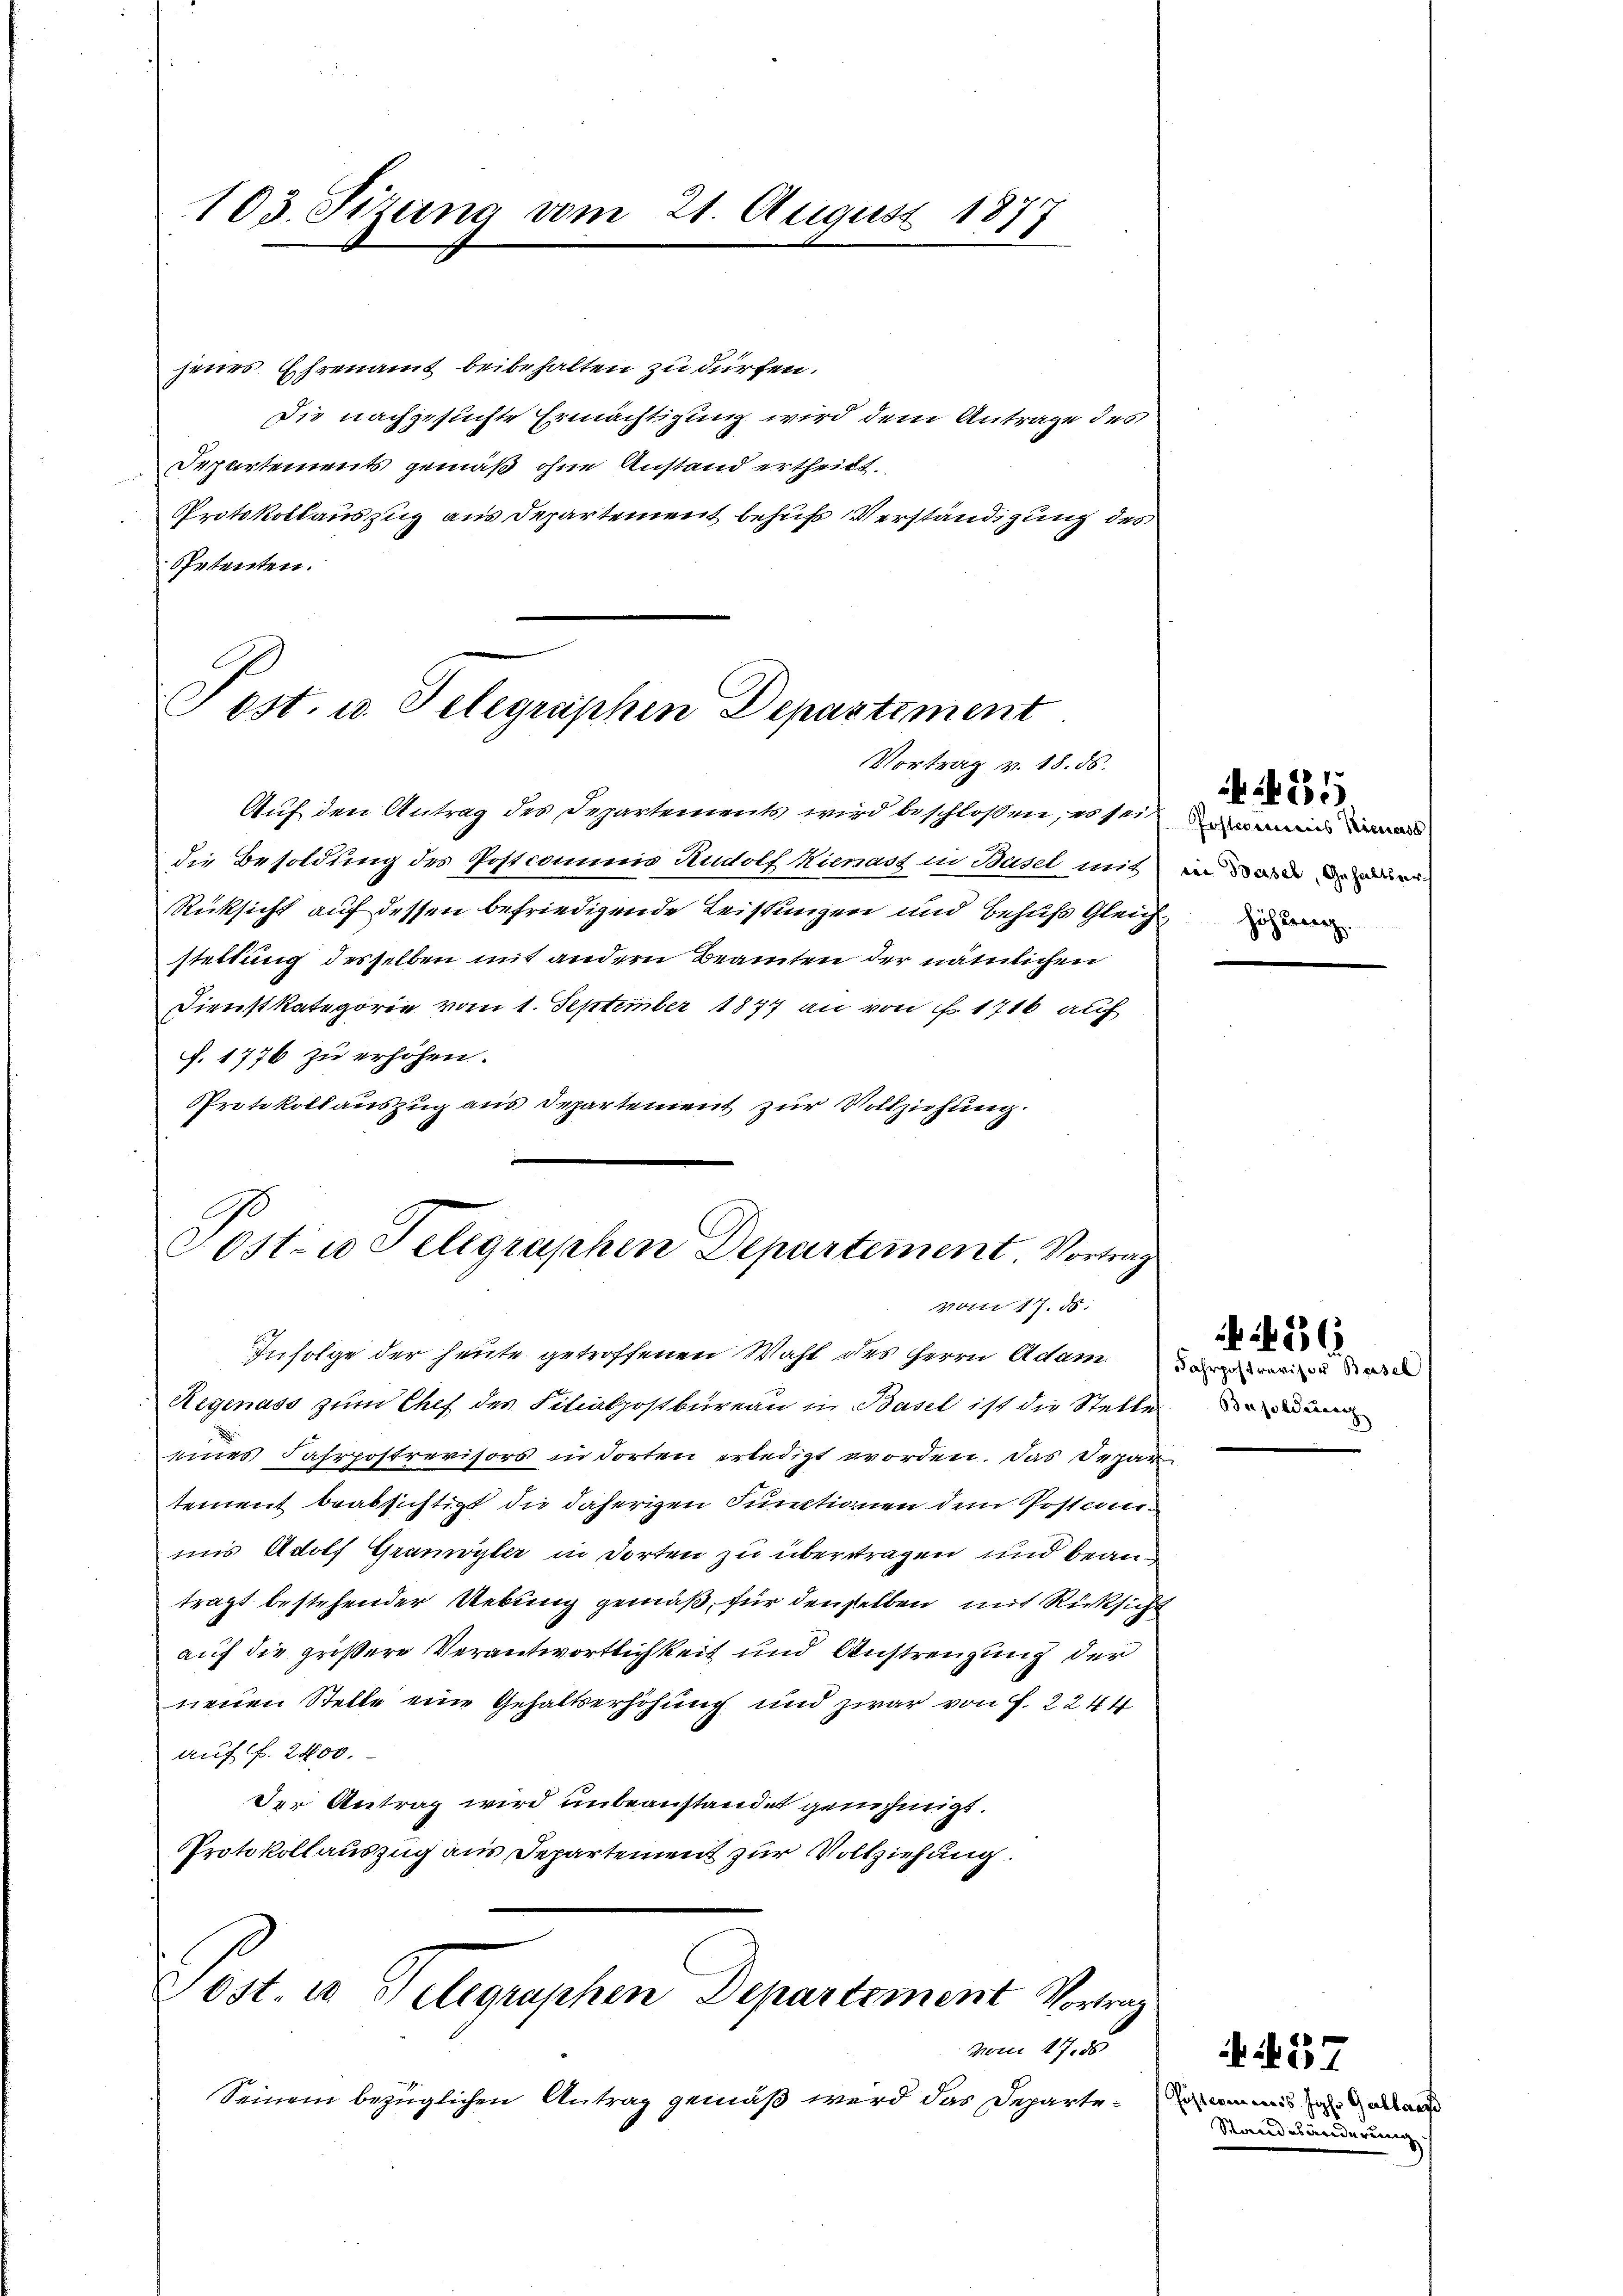
103. Sizung vom 21. August 187

jenes Ehrenamt beibehalten zu dürfen.
Die nachgesuchte Ermächtigung wird dem Antrage des
Departements gemäß ohne Anstand ertheilt.
Protokollauszug aus Departement behufs Verständigung des
Spetenten.

Post. u. Telegraphen Departement
Vortrag v. 18. ds.

Post- u. Telegraphen Departement. Vortrag
vom 17. ds.

Auf den Antrag des Departements wird beschlossen, es sei
die Besoldung des Postcommis Rudolf Kienast in Basel mit
Rücksicht auf dessen befriedigende Leistungere und behufs Gleich die
stellung desselben mit andern Beamten der nämlichen
Dienstkategorie vom 1. September 1877 an von Fr. 1716 auf
f. 1776 zu erhöhen.
PProtokollauszug aus Departement zur Vollziehung.

Infolge der heute getroffenen Wahl des Herrn Adam
Regenass zum Chef des Filialpostbureau in Basel ist die Stelle
eines Fahrpostrevisors in dorten erledigt worden. Das Depar
tement beabsichtigt die daherigen Funktionen dem Postciniuns Adolf Gramoyler in dorten zu übertragen und beanträgt bestehender Uebung gemäß, für denselben mit Rücksicht
auf die größere Verantwortlichkeit und Anstrengung der
neuen Stelle eine Gehaltserhöhung und zwar von f. 2244
auf f. 2400.
Der Antrag wird unbeanstandet genehmigt.
Protokollauszug aus Departement zur Vollziehung.
Tost. 10 Telegraphen Departement Vortrag
vom 27. 58
Seinem bezüglichen Antrag gemäß wird das Departe¬

Postweines Kienass
vin Basel, Gehaltsverh

435

Fahrpostraris or Basel
Besoldung

Stau

236.

57

Jol. Gallant
änderen